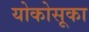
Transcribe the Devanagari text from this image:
योकोसूका